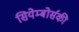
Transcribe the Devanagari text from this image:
सियेम्बोर्सकी